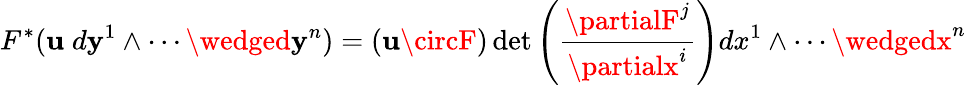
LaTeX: F^{*}(\mathbf{u}\; d\mathbf{y}^{1}\wedge\cdots\wedged\mathbf{y}^{n})=(\mathbf{u}\circF)\operatorname*{det}\left({\frac{{\partialF^{j}}}{{\partialx^{i}}}}\right)dx^{1}\wedge\cdots\wedgedx^{n}